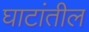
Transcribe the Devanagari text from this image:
घाटांतील